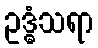
ဥဒ္ဓံသရာ